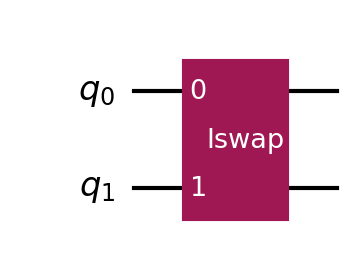
Description: iSWAP gate: swap with imaginary phase
描述: iSWAP门：带虚数相位的交换
Category: gate_coverage (difficulty: basic)
Qubits: 2, circuit depth: 5

Braket implementation:
import math
from braket.circuits import Circuit
# iSWAP = SWAP · (CZ on both directions) = specific decomposition
# iSWAP matrix: |00⟩→|00⟩, |01⟩→i|10⟩, |10⟩→i|01⟩, |11⟩→|11⟩
circuit = Circuit()
circuit.s(0)
circuit.s(1)
circuit.h(0)
circuit.cnot(0, 1)
circuit.cnot(1, 0)
circuit.h(1)

Qiskit implementation:
import math
from qiskit import QuantumCircuit
# iSWAP = SWAP · (CZ on both directions) = specific decomposition
# iSWAP matrix: |00⟩→|00⟩, |01⟩→i|10⟩, |10⟩→i|01⟩, |11⟩→|11⟩
circuit = QuantumCircuit(2)
circuit.s(0)
circuit.s(1)
circuit.h(0)
circuit.cx(0, 1)
circuit.cx(1, 0)
circuit.h(1)